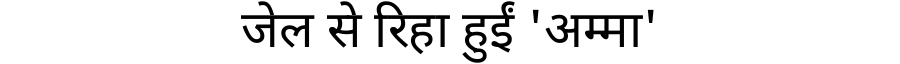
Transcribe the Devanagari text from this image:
जेल से रिहा हुईं 'अम्मा'